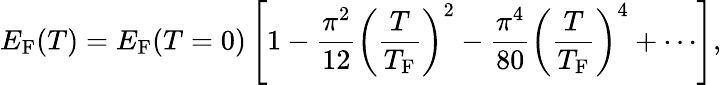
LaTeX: E_{\mathrm{{F}}}(T)=E_{\mathrm{{F}}}(T=0)\left[1-{\frac{\pi^{2}}{12}}\left({\frac{T}{T_{\mathrm{{F}}}}}\right)^{2}-{\frac{\pi^{4}}{80}}\left({\frac{T}{T_{\mathrm{{F}}}}}\right)^{4}+\cdots\right],